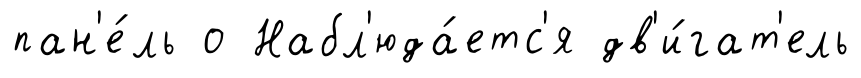
пан'е́ль о Набл'юда́етс'я дв'и́гат'ель